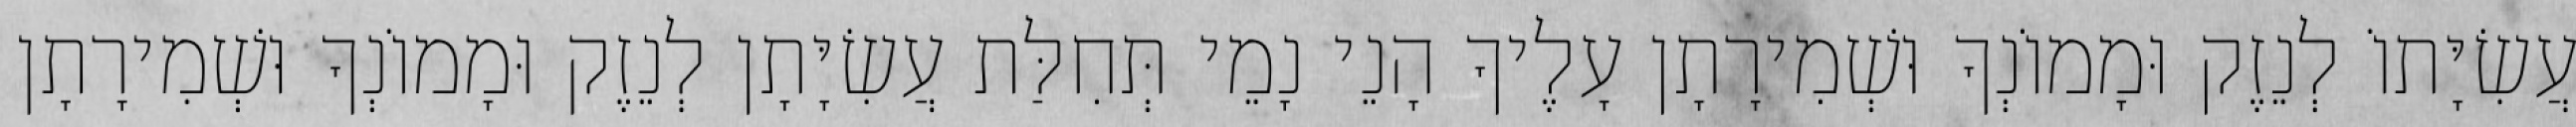
עֲשִׂיָּתוֹ לְנֵזֶק וּמָמוֹנְךָ וּשְׁמִירָתָן עָלֶיךָ הָנֵי נָמֵי תְּחִלַּת עֲשִׂיָּתָן לְנֵזֶק וּמָמוֹנְךָ וּשְׁמִירָתָן